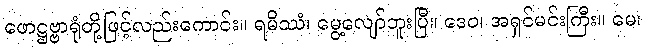
ဖောဋ္ဌဗ္ဗာရုံတို့ဖြင့်လည်းကောင်း။ ရမိဿံ၊ မွေ့လျော်ဘူးပြီ။ ဒေဝ၊ အရှင်မင်းကြီး။ မေ၊